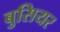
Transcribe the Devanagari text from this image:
बुसियर